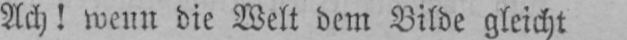
Ach! wenn die Welt dem Bilde gleicht